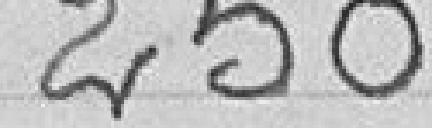
250